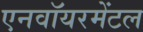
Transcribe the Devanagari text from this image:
एनवॉयरमेंटल